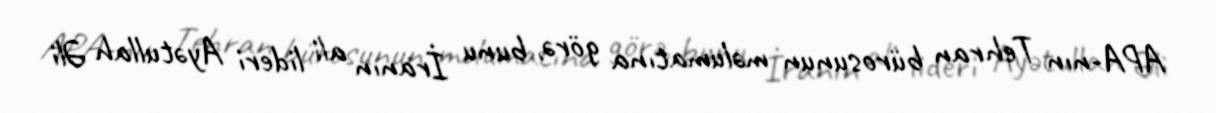
APA-nın Tehran bürosunun məlumatına görə, bunu İranın ali lideri Ayətullah Əli